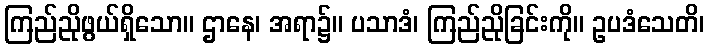
ကြည်ညိုဖွယ်ရှိသော။ ဌာနေ၊ အရာ၌။ ပသာဒံ၊ ကြည်ညိုခြင်းကို။ ဥပဒံသေတိ၊